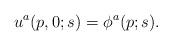
LaTeX: \begin{align*}u^a (p, 0; s) = \phi^a (p; s).\end{align*}